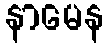
နာမေန